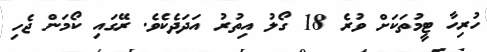
ހުރިހާ ޓީމުތަކަށް ވުރެ 18 ގޯލު އިތުރު އަދަދެކެވެ. ރޭގައި ކޯމަން ޖެހި